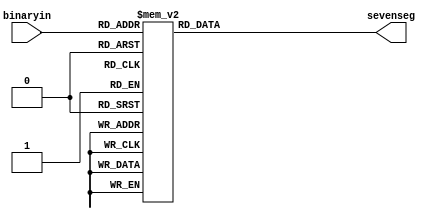
module BCDdecoder(binaryin,sevenseg);
	input [3:0] binaryin;
	output reg [6:0] sevenseg;
	always @(binaryin) begin
		casex(binaryin)
			4'b0000 : sevenseg = 7'b1000000; //0
			4'b0001 : sevenseg = 7'b1111001; //1
			4'b0010 : sevenseg = 7'b0100100;	//2
			4'b0011 : sevenseg = 7'b0110000;	//3
			4'b0100 : sevenseg = 7'b0011001;	//4
			4'b0101 : sevenseg = 7'b0010010;	//5
			4'b0110 : sevenseg = 7'b0000010;	//6
			4'b0111 : sevenseg = 7'b1111000;	//7
			4'b1000 : sevenseg = 7'b0000000;	//8
			4'b1001 : sevenseg = 7'b0010000;	//9
			4'b1010 : sevenseg = 7'bxxxxxxx;	//A
			4'b1011 : sevenseg = 7'bxxxxxxx;	//b
			4'b1100 : sevenseg = 7'bxxxxxxx;	//C
			4'b1101 : sevenseg = 7'bxxxxxxx;	//d
			4'b1110 : sevenseg = 7'bxxxxxxx; //E
			4'b1111 : sevenseg = 7'bxxxxxxx;	//f
			endcase
		end
endmodule